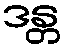
ဒန္တ